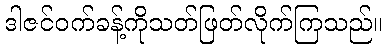
ဒါဇင်ဝက်ခန့်ကိုသတ်ဖြတ်လိုက်ကြသည်။